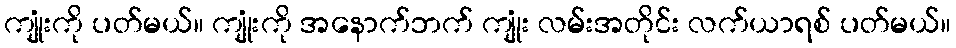
ကျုံးကို ပတ်မယ်။ ကျုံးကို အနောက်ဘက် ကျုံး လမ်းအတိုင်း လက်ယာရစ် ပတ်မယ်။